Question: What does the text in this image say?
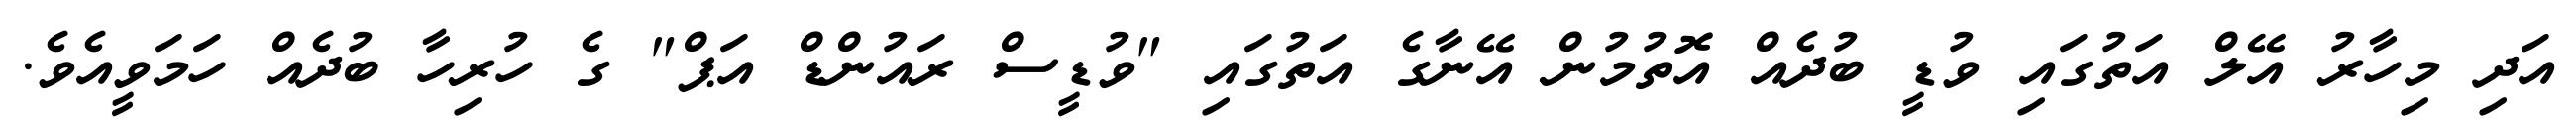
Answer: އަދި މިހާރު އޭލް އަތުގައި ވުޑީ ބުދެއް އޮތުމުން އޭނާގެ އަތުގައި "ވުޑީސް ރައުންޑް އަޕް" ގެ ހުރިހާ ބުދެއް ހަމަވީއެވެ.